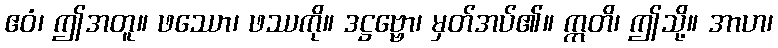
ဧဝံ၊ ဤအတူ။ ဖဿော၊ ဖဿကို။ ဒဋ္ဌဗ္ဗော၊ မှတ်အပ်၏။ ဣတိ၊ ဤသို့။ အာဟ၊